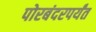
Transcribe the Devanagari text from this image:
पोरबंदरपर्यंत